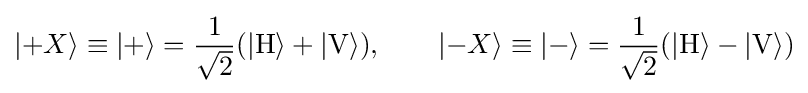
|{+X}\rangle \equiv |+\rangle ={\frac {1}{\sqrt {2}}}(|\mathrm {H} \rangle +|\mathrm {V} \rangle ),\qquad |{-X}\rangle \equiv |-\rangle ={\frac {1}{\sqrt {2}}}(|\mathrm {H} \rangle -|\mathrm {V} \rangle )